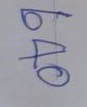
640